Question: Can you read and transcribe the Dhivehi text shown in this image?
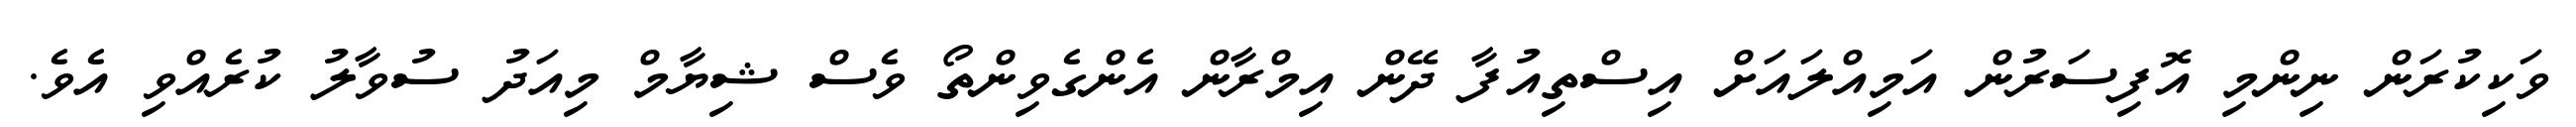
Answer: ވަކިކުރަން ނިންމި އޮފިސަރުން އަމިއްލައަށް އިސްތިއުފާ ދޭން އިމްރާން އެންގެވިންތޯ ވެސް ޝިޔާމް މިއަދު ސުވާލު ކުރެއްވި އެވެ.